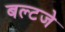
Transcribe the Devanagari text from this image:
बल्टजे